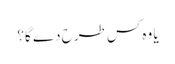
یا وہ کس طرح دے گا؟